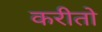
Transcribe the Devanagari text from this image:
करीतो